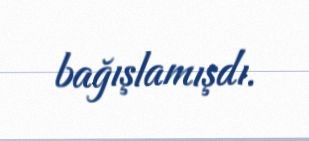
bağışlamışdı.